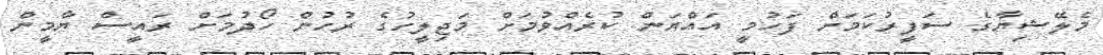
މެލޭޝިޔާގެ ސަފީރުކަމަށް ފަހުމީ އައްޔަން ކުރެއްވުމަށް މަޖިލީހުގެ ރުހުން ހޯދުމަށް ރައީސް ޔާމީން